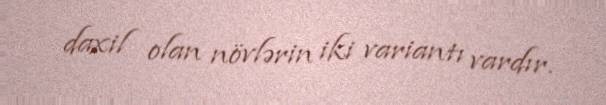
daxil olan növlərin iki variantı vardır.